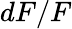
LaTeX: dF/F